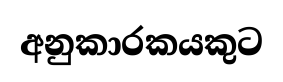
අනුකාරකයකුට